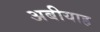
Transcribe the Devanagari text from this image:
अबीयाह